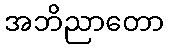
အဘိညာတော